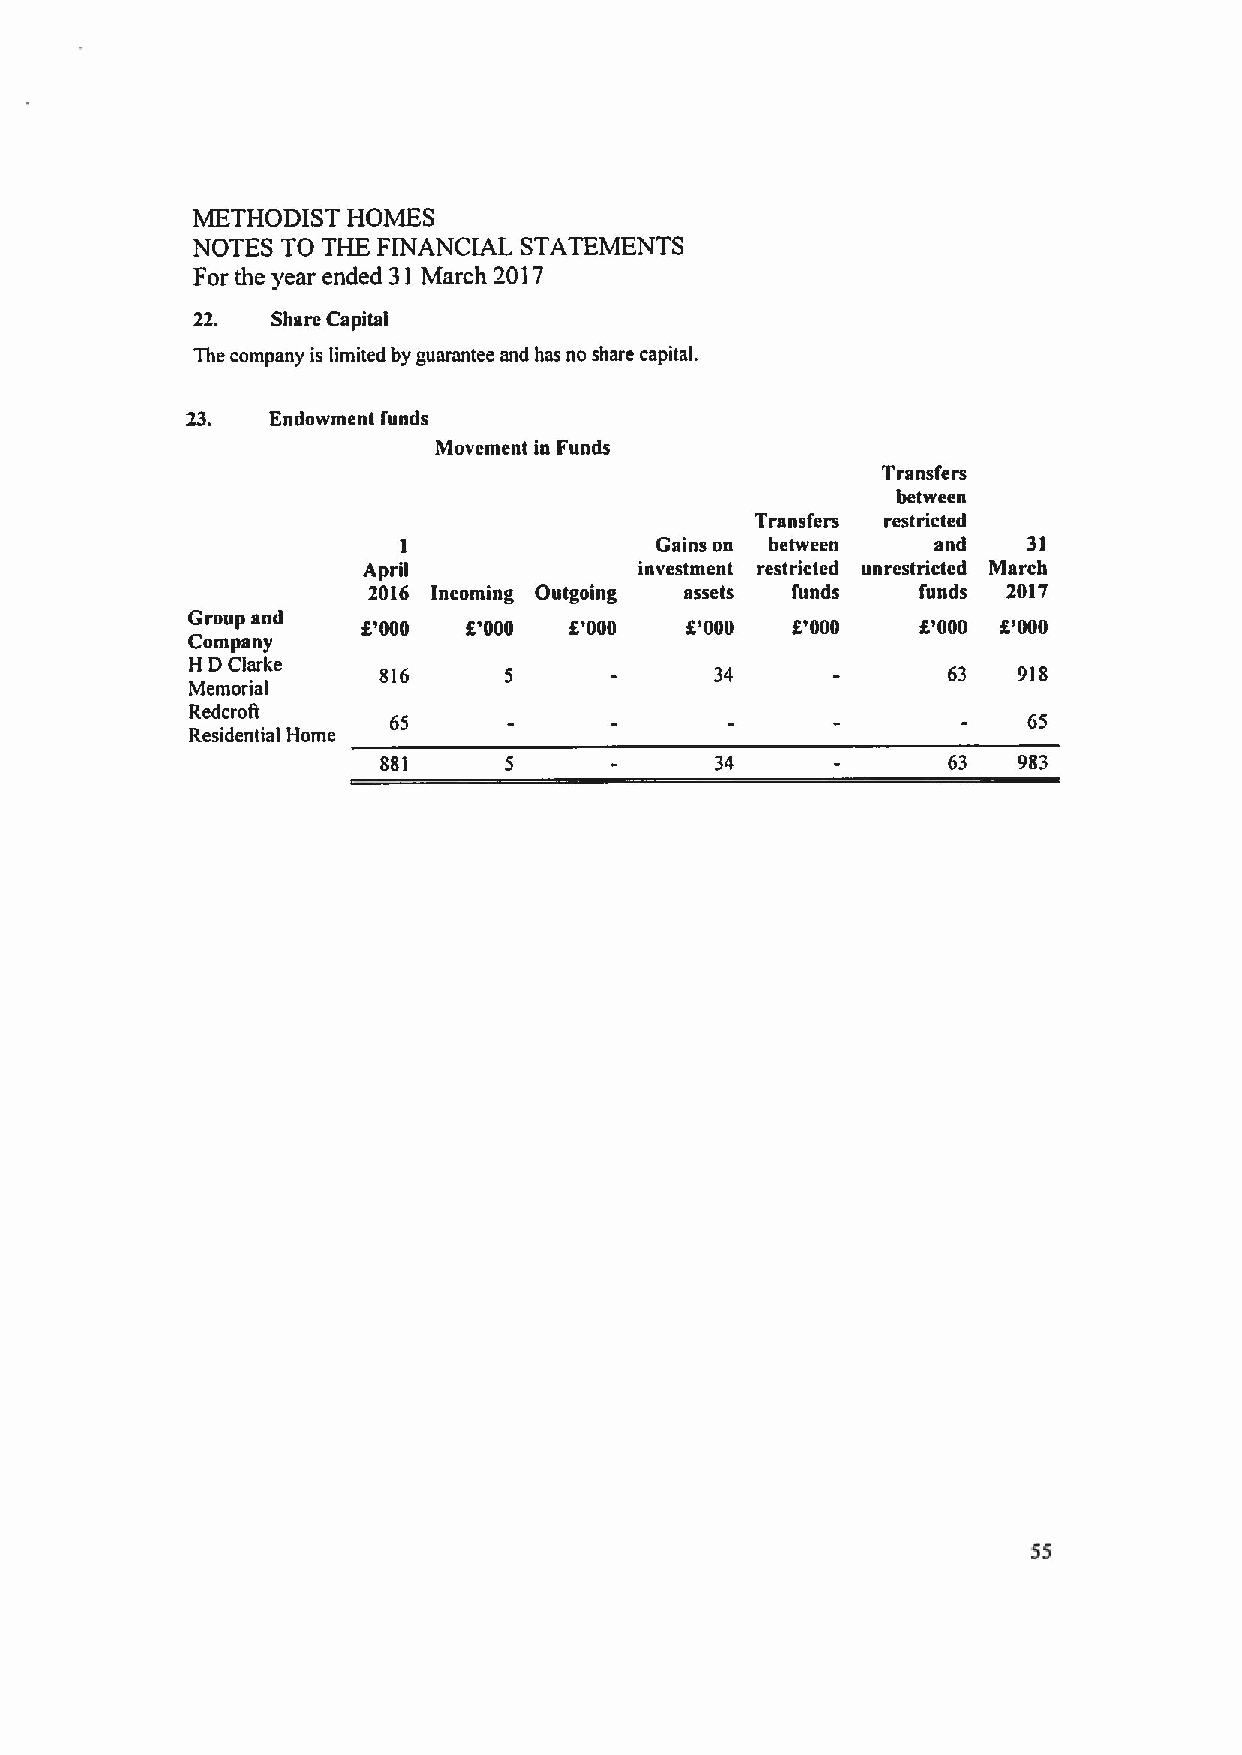
METHODIST HOMES
 NOTES TO THE FINANCIAL STATEMENTS
 For the year ended 31 March 2017
 22.  Share Capital
 The company is limited by guarantee and has no share capital.
 23.   Endowment funds
 Movement in Funds
 Transfers
 between
 Transfers restricted
 1                Gains on between   and   31
 April             investment restricted unrestricted March
 2016 Incoming Outgoing assets funds  funds 2017
 Group and   8'000  8'000  f '000 f '000 8'000    6'000 8'000
 Company
 H DClarke   816     5             34              63  918
 Memorial
 RedcroR
 65                                        65
 Residential Home
 881     5             34              63  983
 55